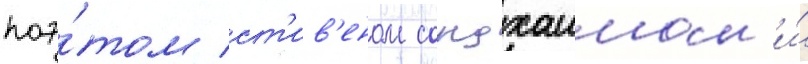
поэ́том ст'ив'еном сондхаимом и́